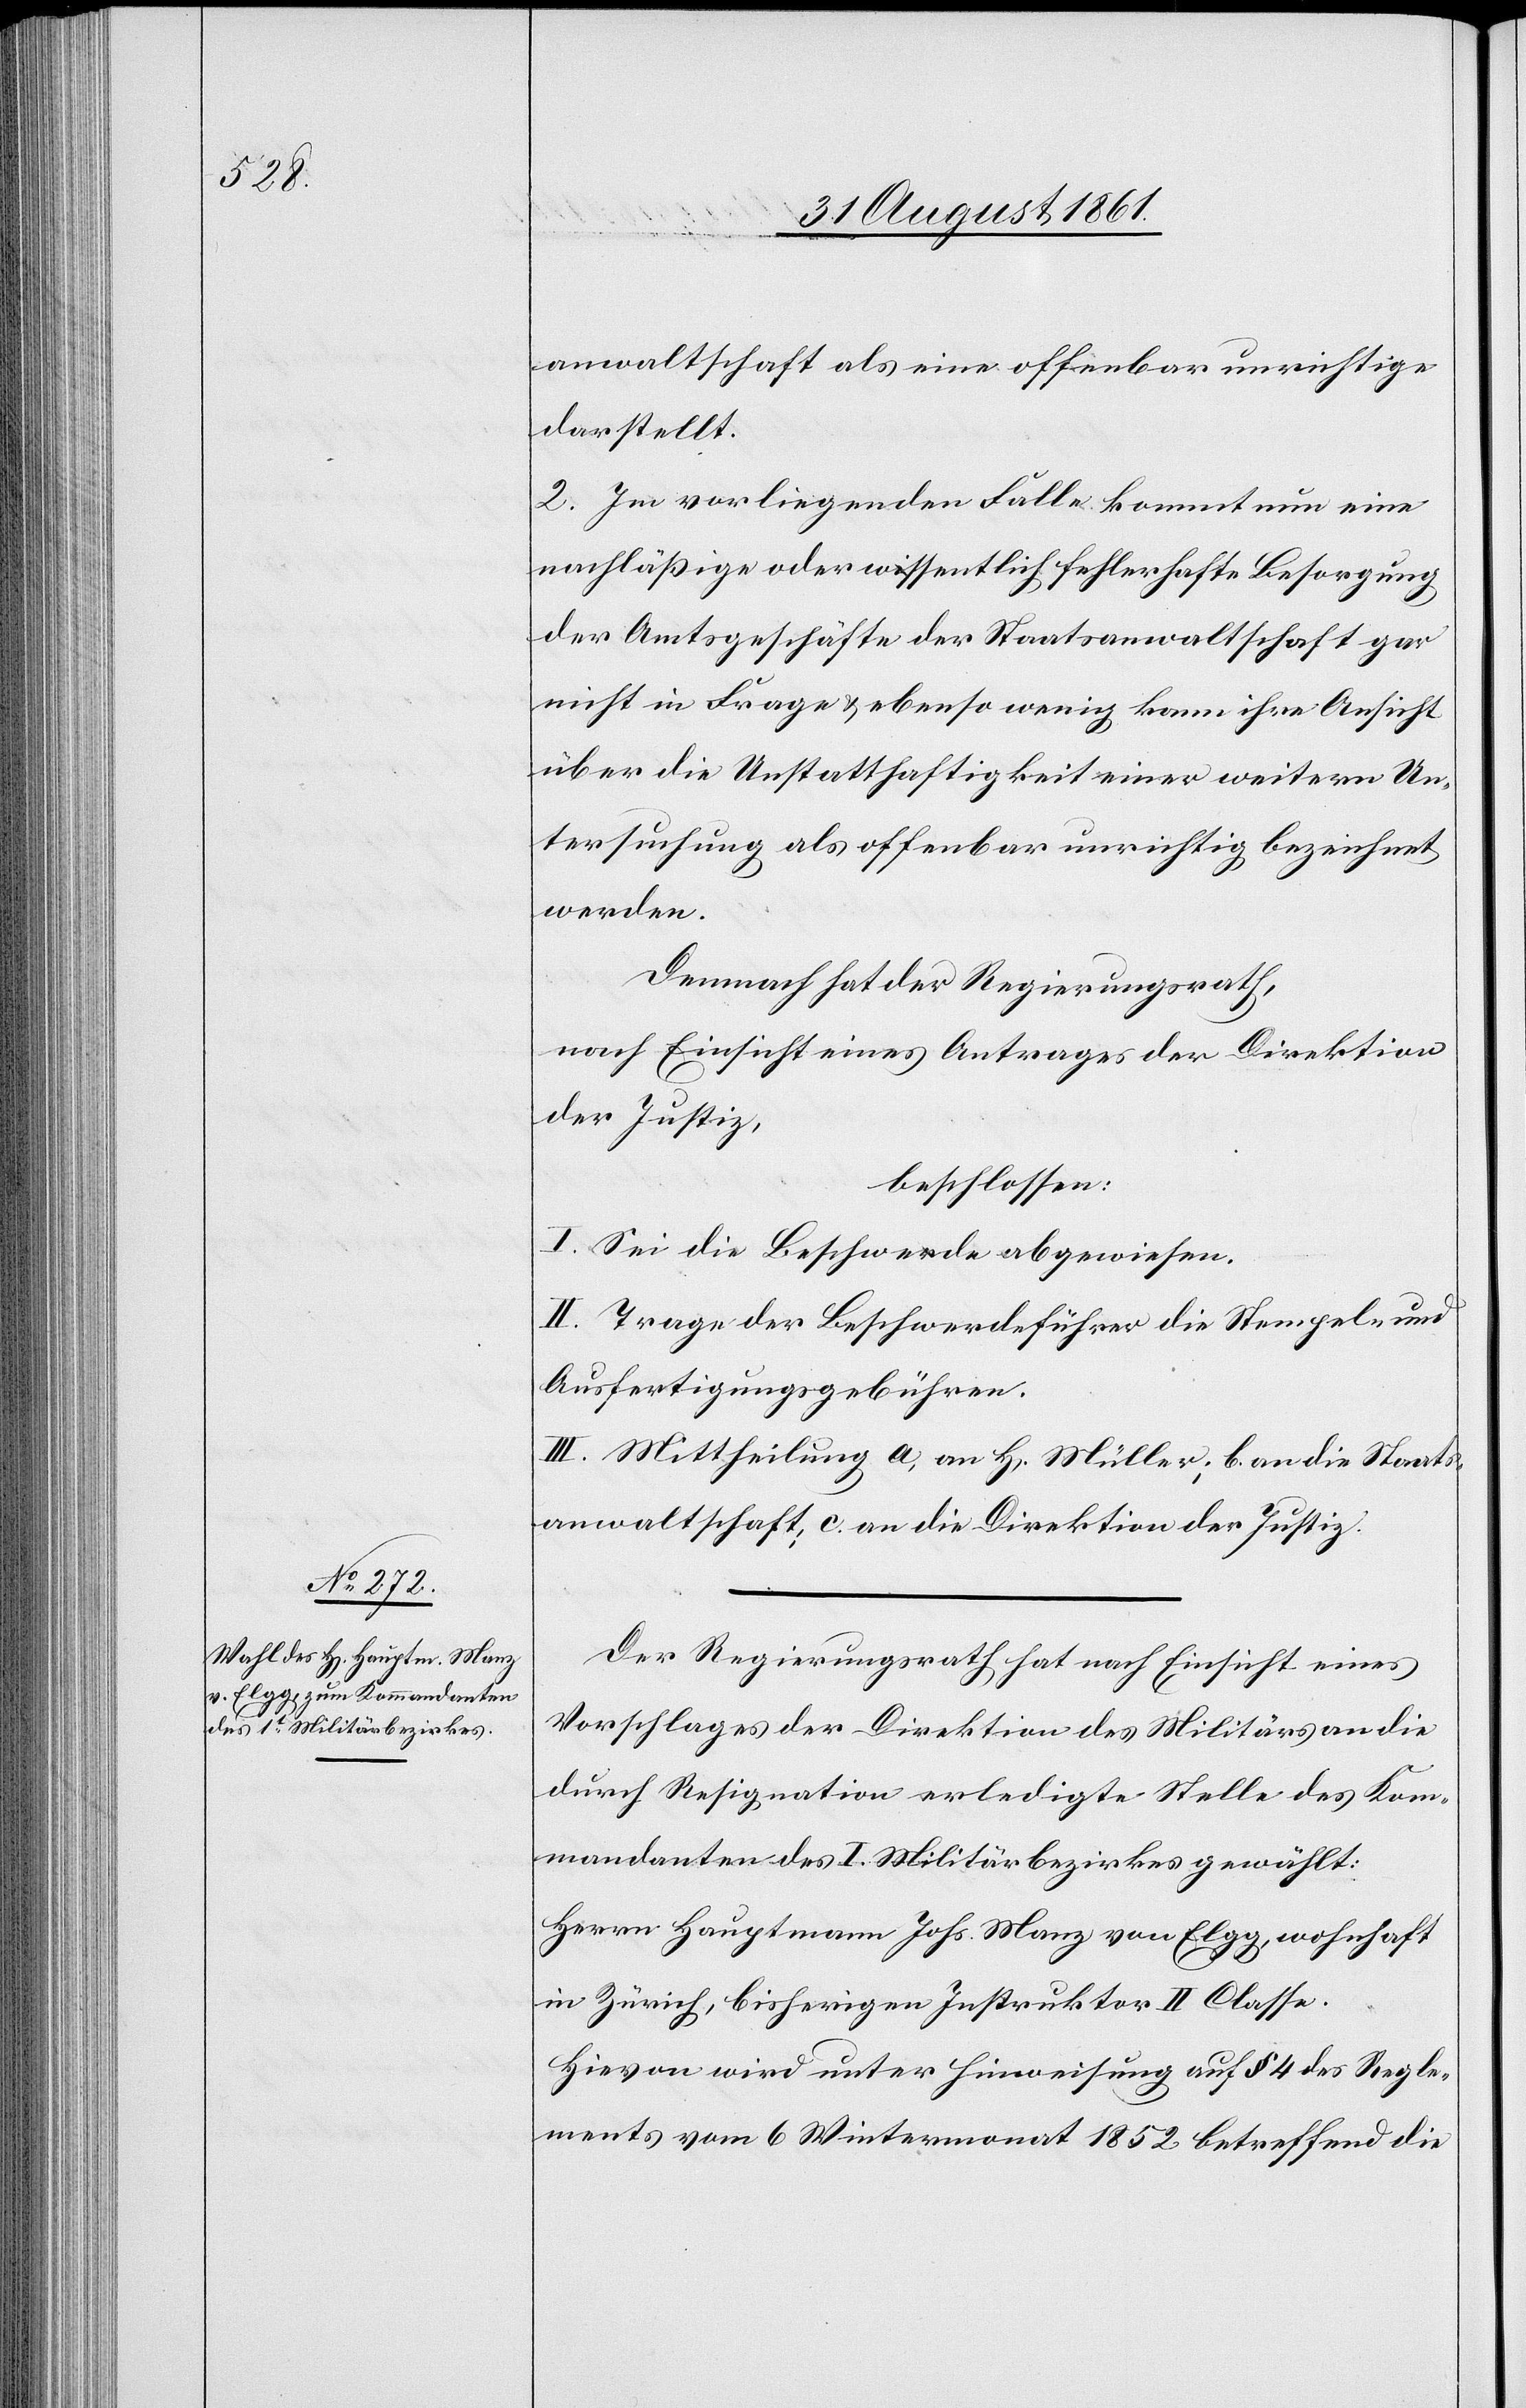
anwaltschaft als eine offenbar unrichtige
darstellt:
2. Im vorliegenden Falle kommt nun eine
nachläßige oder wissentlich fehlerhafte Besorgung
der Amtsgeschäfte der Staatsanwaltschaft gar
nicht in Frage u. ebensowenig kann ihre Ansicht
über die Unstatthaftigkeit einer weitern Un¬
tersuchung als offenbar unrichtig bezeichnet
werden.
Demnach hat der Regierungsrath,
nach Einsicht eines Antrages der Direktion
der Justiz,
beschlossen:
I. Sei die Beschwerde abgewiesen.
II. Trage der Beschwerdeführer die Stempel- u.
Ausfertigungsgebühren.
III. Mittheilung a. an H[errn] Müller, b. an die Staats¬
anwaltschaft, c. an die Direktion der Justiz.
Der Regierungsrath hat nach Einsicht eines
Vorschlages der Direktion des Militärs an die
durch Resignation erledigte Stelle des Kom¬
mandanten des I. Militärbezirkes gewählt:
Herrn Hauptmann Joh. Manz von Elgg, wohnhaft
in Zürich, bisherigen Instruktor II Classe.
Hievon wird unter Hinweisung auf § 4 des Regle¬
ments vom 6 Wintermonat 1852 betreffend die